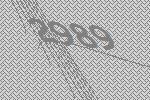
2989